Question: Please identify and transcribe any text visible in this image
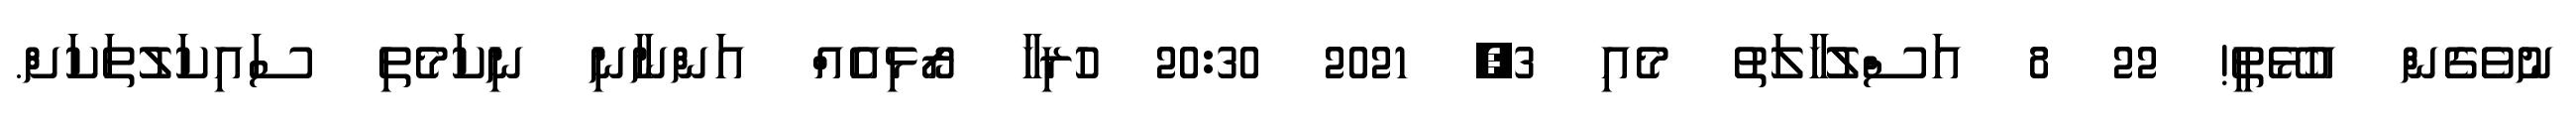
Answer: ނުވެގެން އުޅޭތީ! 22 8 އަސްލުހާލަތު މެއި 3, 2021 20:30 ހުރިހާ ރޯޅިއެއް އަންނާނި ނިކަމެތި ސައިކަލުތަކަށް.